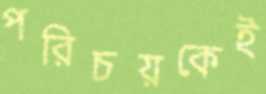
পরিচয়কেই